Lunatic asylums Central Provinces reports 1874-1885 - 1874-1885
Year: 1874
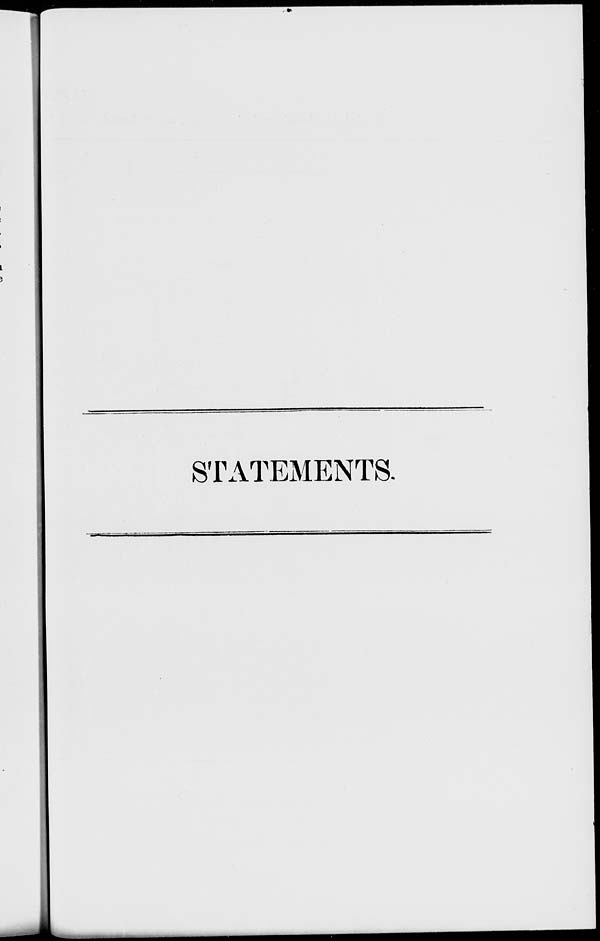
STATEMENTS.